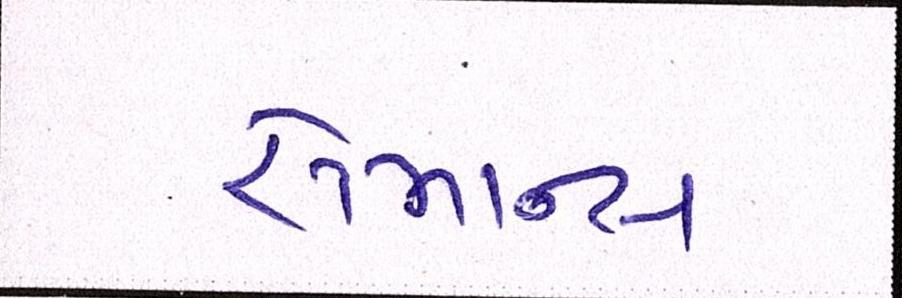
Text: રોમાન્સ